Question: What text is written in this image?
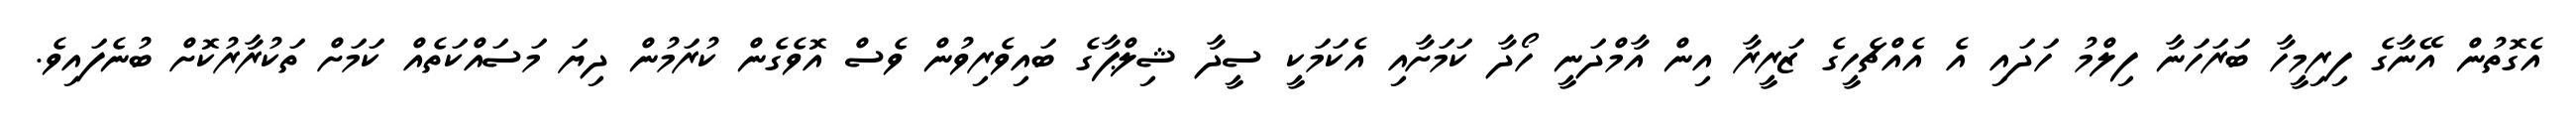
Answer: އެގޮތުން އޭނާގެ ފިރިމީހާ ބަރަހަނާ ފިލްމު ހަދައި އެ އެއްޗެހީގެ ޒަރީރާ އިން އާމްދަނީ ހޯދާ ކަމަށާއި އެކަމަކީ ސީދާ ޝިލްޕާގެ ބައިވެރިވުން ވެސް އޮވެގެން ކުރަމުން ދިޔަ މަސައްކަތެއް ކަމަށް ތަކުރާރުކޮށް ބުނެފައިވެ.